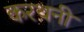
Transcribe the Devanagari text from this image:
करथनी